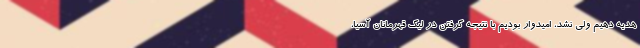
هدیه دهیم ولی نشد، امیدوار بودیم با نتیجه گرفتن در لیگ قهرمانان آسیا،